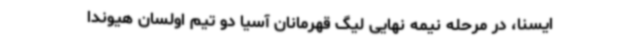
ایسنا، در مرحله نیمه نهایی لیگ قهرمانان آسیا دو تیم اولسان هیوندا